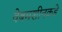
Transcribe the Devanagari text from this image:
वेबमशीनकडे